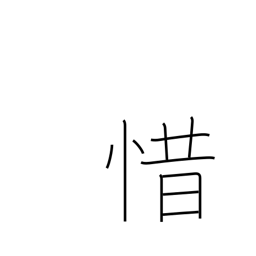
Meaning: stingy